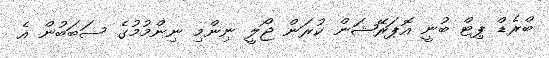
ބްރެޑް ޕިޓް ބުނީ އޮޕަރޭޝަން ކުރަން ޖޯލީ ނިންމި ނިންމުމުގެ ސަބަބުން އެ